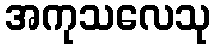
အကုသလေသု